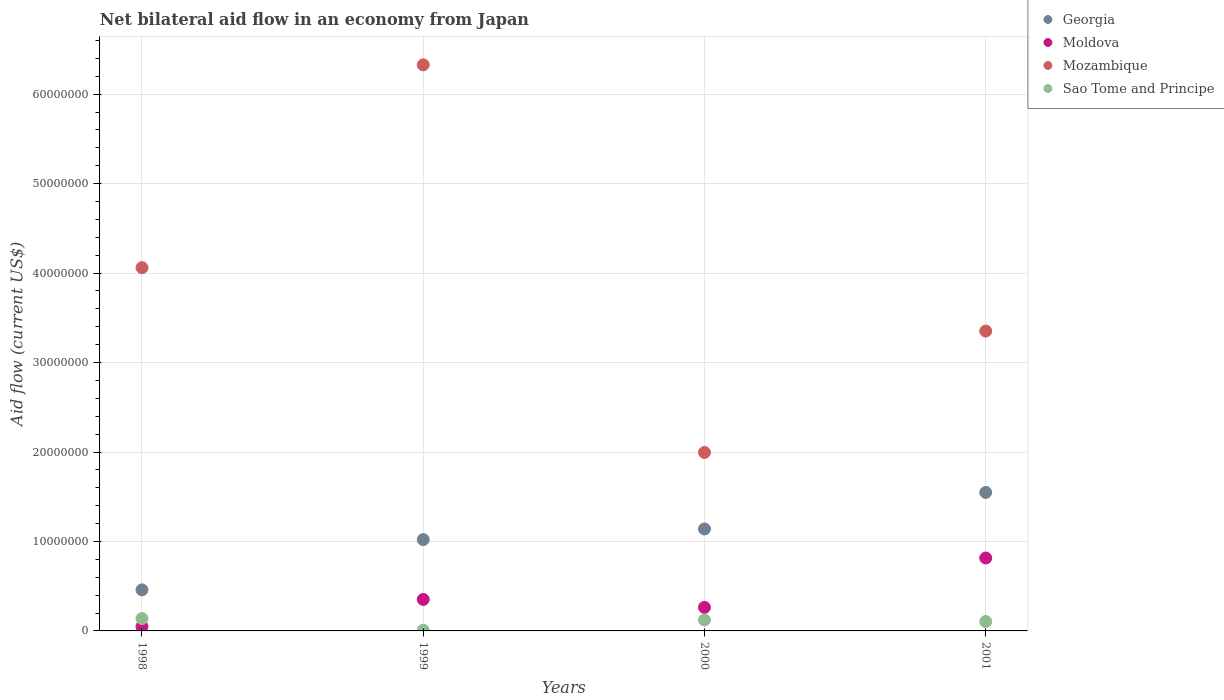
| Years | Georgia | Moldova | Mozambique | Sao Tome and Principe |
 | --- | --- | --- | --- | --- |
 | 1998 | 4.59e+06 | 4.9e+05 | 4.06e+07 | 1.38e+06 |
 | 1999 | 1.02e+07 | 3.52e+06 | 6.33e+07 | 8e+04 |
 | 2000 | 1.14e+07 | 2.63e+06 | 2e+07 | 1.23e+06 |
 | 2001 | 1.55e+07 | 8.15e+06 | 3.35e+07 | 1.05e+06 |